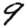
Digit: 9